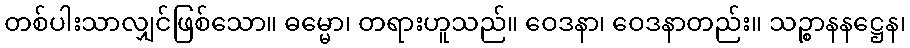
တစ်ပါးသာလျှင်ဖြစ်သော။ ဓမ္မော၊ တရားဟူသည်။ ဝေဒနာ၊ ဝေဒနာတည်း။ သဉ္စာနနဋ္ဌေန၊